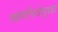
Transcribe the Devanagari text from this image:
व्यंगचित्रेसुध्दा